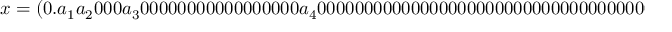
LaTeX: x = \left( 0 . a _ { 1 } a _ { 2 } 0 0 0 a _ { 3 } 0 0 0 0 0 0 0 0 0 0 0 0 0 0 0 0 0 a _ { 4 } 0 0 0 0 0 0 0 0 0 0 0 0 0 0 0 0 0 0 0 0 0 0 0 0 0 0 0 0 0 0 0 0 0 0 0 0 0 0 0 0 0 0 0 0 0 0 0 0 0 0 0 0 0 0 0 0 0 0 0 0 0 0 0 0 0 0 0 0 0 0 0 0 0 0 0 0 0 0 0 0 0 0 0 0 0 0 0 0 0 0 0 0 0 0 a _ { 5 } \ldots \right) _ { b }